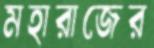
মহারাজের